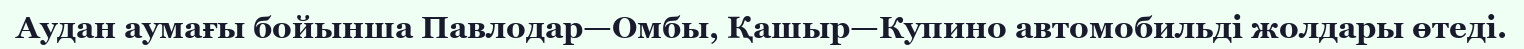
Аудан аумағы бойынша Павлодар—Омбы, Қашыр—Купино автомобильді жолдары өтеді.